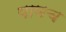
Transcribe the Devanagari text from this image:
पाणच